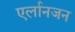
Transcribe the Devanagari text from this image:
एर्लानजन